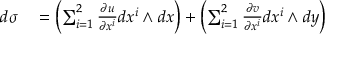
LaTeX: \begin{array} { r l } { d \sigma } & { { } = \left( \sum _ { i = 1 } ^ { 2 } { \frac { \partial u } { \partial x ^ { i } } } d x ^ { i } \wedge d x \right) + \left( \sum _ { i = 1 } ^ { 2 } { \frac { \partial v } { \partial x ^ { i } } } d x ^ { i } \wedge d y \right) } \end{array}